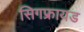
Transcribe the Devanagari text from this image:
सिगफ्रायड